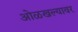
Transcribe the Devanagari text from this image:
ओळखल्यावर